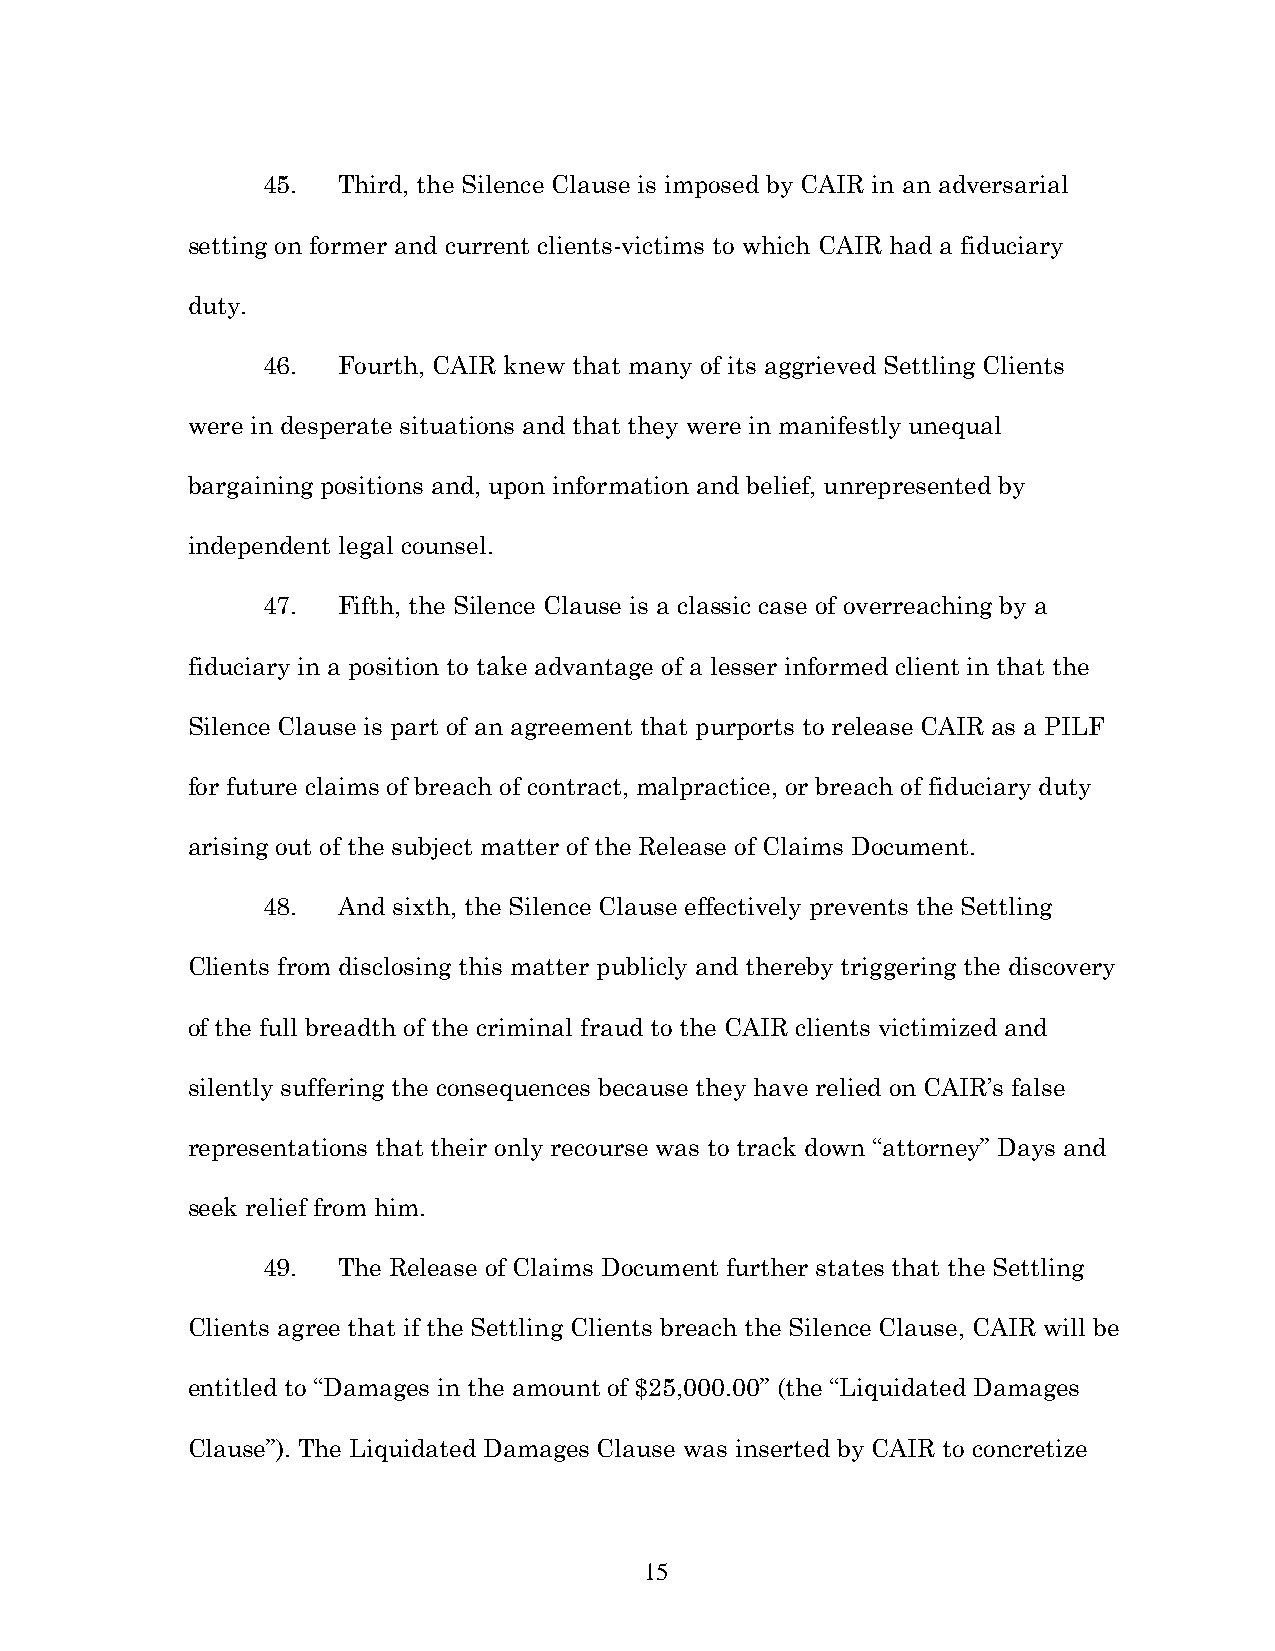
45.  Third, the Silence Clause is imposed by CAIR in an adversarial
 setting on former and current clients-victims to which CAIR had a fiduciary
 duty.
 46.  Fourth, CAIR knew that many of its aggrieved Settling Clients
 were in desperate situations and that they were in manifestly unequal
 bargaining positions and, upon information and belief, unrepresented by
 independent legal counsel.
 47.  Fifth, the Silence Clause is a classic case of overreaching by a
 fiduciary in a position to take advantage of a lesser informed client in that the
 Silence Clause is part of an agreement that purports to release CAIR as a PILF
 for future claims of breach of contract, malpractice, or breach of fiduciary duty
 arising out of the subject matter of the Release of Claims Document.
 48.  And sixth, the Silence Clause effectively prevents the Settling
 Clients from disclosing this matter publicly and thereby triggering the discovery
 of the full breadth of the criminal fraud to the CAIR clients victimized and
 silently suffering the consequences because they have relied on CAIR’s false
 representations that their only recourse was to track down “attorney” Days and
 seek relief from him.
 49.  The Release of Claims Document further states that the Settling
 Clients agree that if the Settling Clients breach the Silence Clause, CAIR will be
 entitled to “Damages in the amount of $25,000.00” (the “Liquidated Damages
 Clause”). The Liquidated Damages Clause was inserted by CAIR to concretize
 15